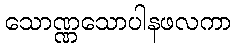
သောဏ္ဏသောပါနဖလကာ